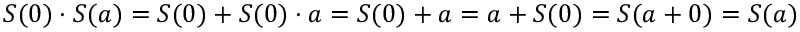
S ( 0 ) \cdot S ( a ) = S ( 0 ) + S ( 0 ) \cdot a = S ( 0 ) + a = a + S ( 0 ) = S ( a + 0 ) = S ( a )